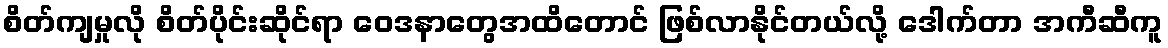
စိတ်ကျမှုလို စိတ်ပိုင်းဆိုင်ရာ ဝေဒနာတွေအထိတောင် ဖြစ်လာနိုင်တယ်လို့ ဒေါက်တာ အကီဆီကူ